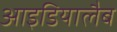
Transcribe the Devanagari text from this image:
आइडियालैब